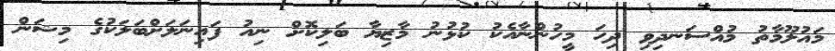
މައުލޫމާތު މުއްސަނދިވި ދިހަ މީހުންނާއެކު ކުޅުނު މާޒިޔާ ބަލިކޮށް ނިއު ފައިނަލަށްބަލަކުގެ މިޝަން